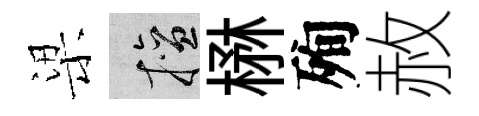
梁擅楙殉赦